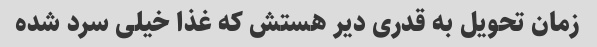
زمان تحویل به قدری دیر هستش که غذا خیلی سرد شده